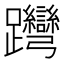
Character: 𨈊